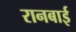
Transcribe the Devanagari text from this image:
रानबाई